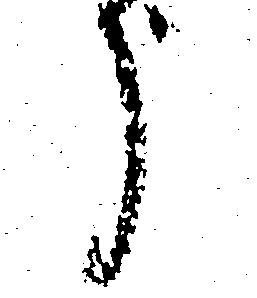
う